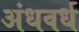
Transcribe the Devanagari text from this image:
अंधवर्ध